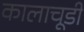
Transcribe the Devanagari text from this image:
कालाचूडी